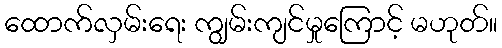
ထောက်လှမ်းရေး ကျွမ်းကျင်မှုကြောင့် မဟုတ်။